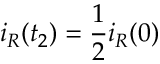
i _ { R } ( t _ { 2 } ) = \frac { 1 } { 2 } i _ { R } ( 0 )